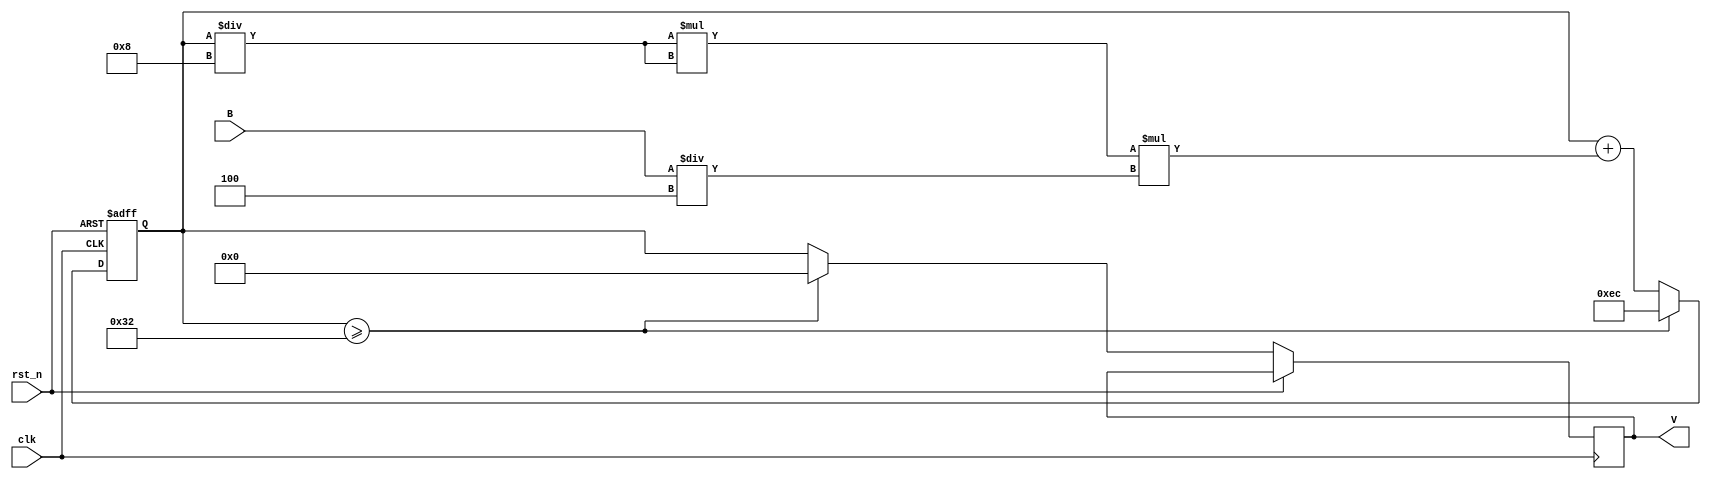
module QIFNeuron (
  input wire clk,          // Clock input
  input wire rst_n,       // Reset input
  input wire [7:0] B,     // Input B (8-bit, signed)
  output reg [7:0] V    // Output voltage V (8-bit, signed)
      );

  reg [7:0] Z1, Z2;        // Delay flip-flops
  wire [7:0] V_reset = -8'sd20; // Set Vreset to -20
  wire [7:0] Vpeak = 8'd50;  // Vpeak value (Set to 50)
  
  // V computation
  reg [7:0] V_reg; // Intermediate register for V
  always @(posedge clk or posedge rst_n) begin
    if (rst_n) begin
      V_reg <= V_reset;
      Z1 <= 8'b0; // Initialize Z1 on reset
    end else if (V_reg >= Vpeak) begin
      V_reg <= V_reset;
      Z1 <= 8'b0;
      Z2 <= 8'b0;
    end else begin
       V_reg <= V_reg + ((V_reg / 8) * (V_reg / 8)) * (B / 4);
      Z2 <= V_reg;
    end
  end
 
  assign V = Z2;

endmodule